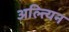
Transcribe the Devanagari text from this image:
अल्त्यिन